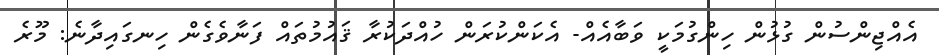
އެއްޖިންސުން ގުޅުން ހިންގުމަކީ ވަބާއެއް- އެކަންކުރަން ހުއްދަކުރާ ޤައުމުތައް ފަނާވެގެން ހިނގައިދާނެ: މޫރެ